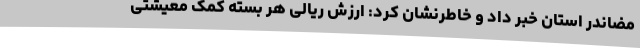
مضاندر استان خبر داد و خاطرنشان کرد: ارزش ریالی هر بسته کمک معیشتی